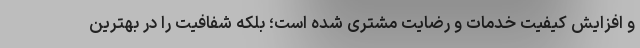
و افزایش کیفیت خدمات و رضایت مشتری شده است؛ بلکه شفافیت را در بهترین